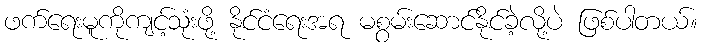
ဖက်ရေးမူကိုကျင့်သုံးဖို့ နိုင်ငံရေးအရ မစွမ်းဆောင်နိုင်ခဲ့လို့ပဲ ဖြစ်ပါတယ်။